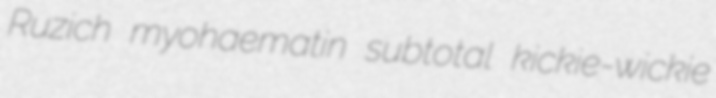
Ruzich myohaematin subtotal kickie-wickie